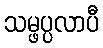
သမ္ဖပ္ပလာပီ